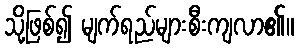
သို့ဖြစ်၍ မျက်ရည်များစီးကျလာ၏။